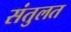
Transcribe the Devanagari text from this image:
संतुलत